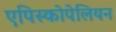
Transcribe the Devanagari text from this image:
एपिस्कोपेलियन